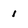
Character: 1